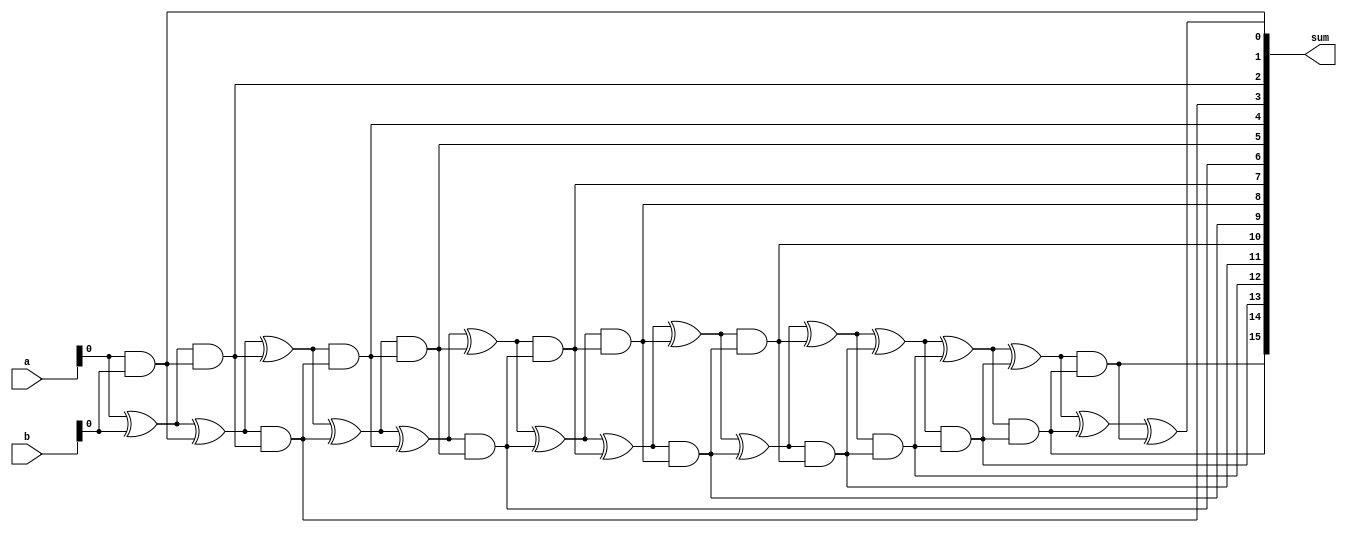
module brent_kung_adder (
    input [15:0] a,
    input [15:0] b,
    output [15:0] sum
);

wire [16:0] p, g, c;

assign p[0] = a[0] ^ b[0];
assign g[0] = a[0] & b[0];
assign c[0] = 0;

genvar i;
generate
    for (i = 1; i < 16; i = i + 1) begin : gen_adder
        assign p[i] = p[i-1] ^ g[i-1];
        assign g[i] = (p[i-1] & g[i-1]) | (g[i-1] & c[i-1]);
        assign c[i] = (p[i-1] & c[i-1]) | (g[i-1] & c[i-1]);
    end
endgenerate

assign sum = {g[15], g[14], g[13], g[12], g[11], g[10], g[9], g[8],
             g[7], g[6], g[5], g[4], g[3], g[2], g[1], g[0], p[15]};

endmodule